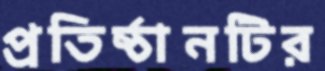
প্রতিষ্ঠানটির